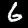
Label: 6